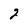
Character: 2